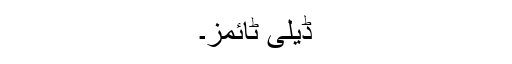
ڈیلی ٹائمز۔